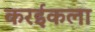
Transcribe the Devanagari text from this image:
करईकला